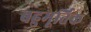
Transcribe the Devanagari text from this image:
बहुमूर्तिक